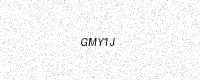
Text: GMY1J